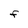
Character: F